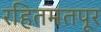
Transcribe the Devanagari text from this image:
रहितमतपूर